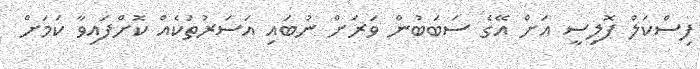
ފިސްކަލް ޕޮލިސީ އަށް އޭގެ ސަބަބުން ވަރަށް ނުބައި އަސަރުތަކެއް ކޮށްފައިވާ ކަމަށް